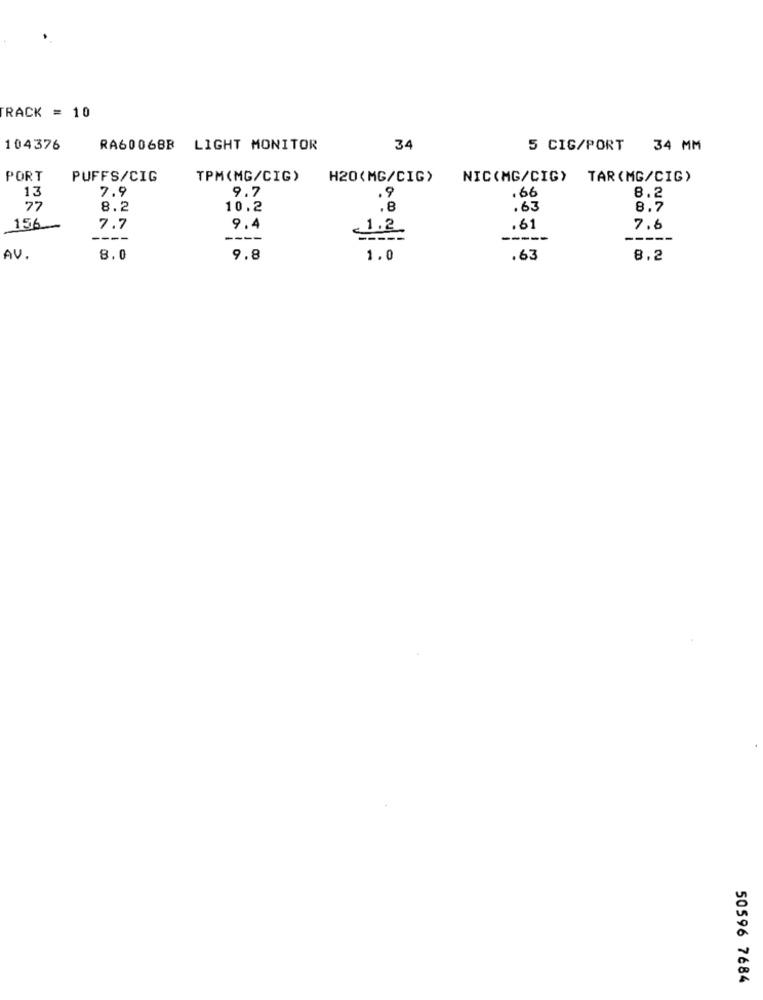
RACK = 10
104376
RA60068B
LIGHT MONITOR
34
5 CIG/PORT 34 MM
PORT
PUFFS/CIG
TPM(MG/CIG)
H20(MG/CIG>
NIC(MG/CIG)
TAR(MG/CIG)
9.7
13
7.9
.9
.66
8.2
77
8.2
10.2
.8
.63
8.7
156-
7.7
9.4
1.2.
.61
7.6
----
-----
-----
-----
AV.
8.0
9.8
1.0
.63
8.2
50596 7684